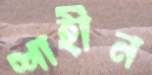
শাহীন